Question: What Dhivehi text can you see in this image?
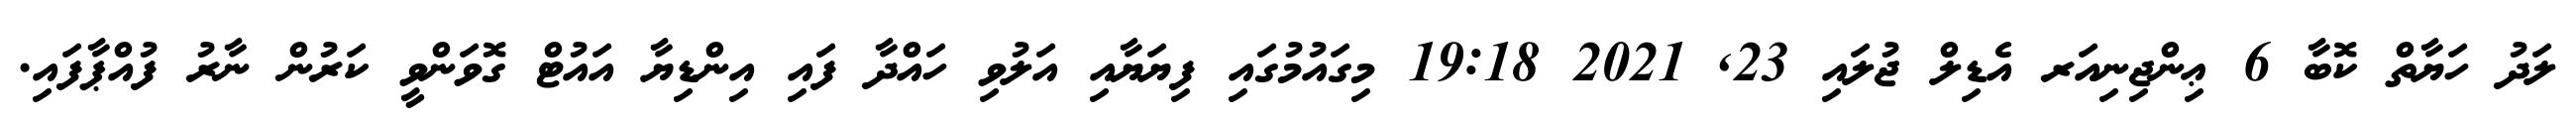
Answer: ލަދު ހަޔާތް ކޮބާ 6 ޢިންޖިނިއަރ އެޑިލް ޖުލައި 23, 2021 19:18 މިގައުމުގައި ފިޔަޔާއި އަލުވި ހައްދާ ފައި އިންޑިޔާ އައުޓް ގޮވަންވީ ކަރުން ނާރު ފުއްޕާފައި.